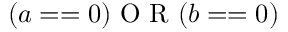
( a = = 0 ) \textrm { O R } ( b = = 0 )